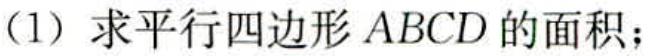
(1) 求平行四边形 \(ABCD\) 的面积；